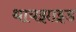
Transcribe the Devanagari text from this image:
थायझाइड